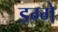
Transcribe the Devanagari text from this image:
डग्गे